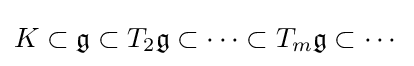
K\subset {\mathfrak {g}}\subset T_{2}{\mathfrak {g}}\subset \cdots \subset T_{m}{\mathfrak {g}}\subset \cdots